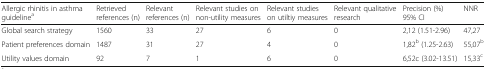
| Allergic rhinitis in asthma guidelinea | Retrieved references (n) | Relevant references (n) | Relevant studies on non-utility measures | Relevant studies on utiltiy measures | Relevant qualitative research | Precision (%) 95% CI | NNR |
 | --- | --- | --- | --- | --- | --- | --- | --- |
 | Global search strategy | 1560 | 33 | 27 | 6 | 0 | 2,12 (1.51-2.96) | 47,27 |
 | Patient preferences domain | 1487 | 31 | 27 | 4 | 0 | 1,82b (1.25-2.63) | 55,07b |
 | Utility values domain | 92 | 7 | 1 | 6 | 0 | 6,52c (3.02-13.51) | 15,33c |